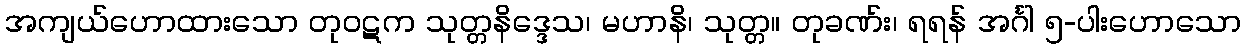
အကျယ်ဟောထားသော တုဝဋက သုတ္တနိဒ္ဒေသ၊ မဟာနိ၊ သုတ္တ။ တုခဏ်း၊ ရရန် အင်္ဂါ ၅-ပါးဟောသော